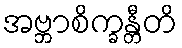
အဗ္ဘာစိက္ခန္တီတိ